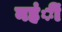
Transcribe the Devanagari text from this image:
नहंीं